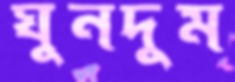
ঘুনদুম